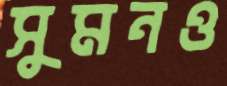
সুমনও